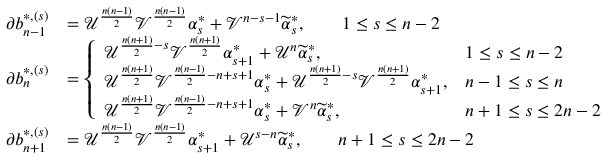
\begin{array} { r l } { \partial b _ { n - 1 } ^ { * , ( s ) } } & { = \mathcal { U } ^ { \frac { n ( n - 1 ) } { 2 } } \mathcal { V } ^ { \frac { n ( n - 1 ) } { 2 } } \alpha _ { s } ^ { * } + \mathcal { V } ^ { n - s - 1 } \widetilde { \alpha } _ { s } ^ { * } , \qquad 1 \leq s \leq n - 2 } \\ { \partial b _ { n } ^ { * , ( s ) } } & { = \left\{ \begin{array} { l l } { \mathcal { U } ^ { \frac { n ( n + 1 ) } { 2 } - s } \mathcal { V } ^ { \frac { n ( n + 1 ) } { 2 } } \alpha _ { s + 1 } ^ { * } + \mathcal { U } ^ { n } \widetilde { \alpha } _ { s } ^ { * } , \qquad } & { 1 \leq s \leq n - 2 } \\ { \mathcal { U } ^ { \frac { n ( n + 1 ) } { 2 } } \mathcal { V } ^ { \frac { n ( n - 1 ) } { 2 } - n + s + 1 } \alpha _ { s } ^ { * } + \mathcal { U } ^ { \frac { n ( n + 1 ) } { 2 } - s } \mathcal { V } ^ { \frac { n ( n + 1 ) } { 2 } } \alpha _ { s + 1 } ^ { * } , } & { n - 1 \leq s \leq n } \\ { \mathcal { U } ^ { \frac { n ( n + 1 ) } { 2 } } \mathcal { V } ^ { \frac { n ( n - 1 ) } { 2 } - n + s + 1 } \alpha _ { s } ^ { * } + \mathcal { V } ^ { n } \widetilde { \alpha } _ { s } ^ { * } , } & { n + 1 \leq s \leq 2 n - 2 } \end{array} \right. } \\ { \partial b _ { n + 1 } ^ { * , ( s ) } } & { = \mathcal { U } ^ { \frac { n ( n - 1 ) } { 2 } } \mathcal { V } ^ { \frac { n ( n - 1 ) } { 2 } } \alpha _ { s + 1 } ^ { * } + \mathcal { U } ^ { s - n } \widetilde { \alpha } _ { s } ^ { * } , \qquad n + 1 \leq s \leq 2 n - 2 } \end{array}